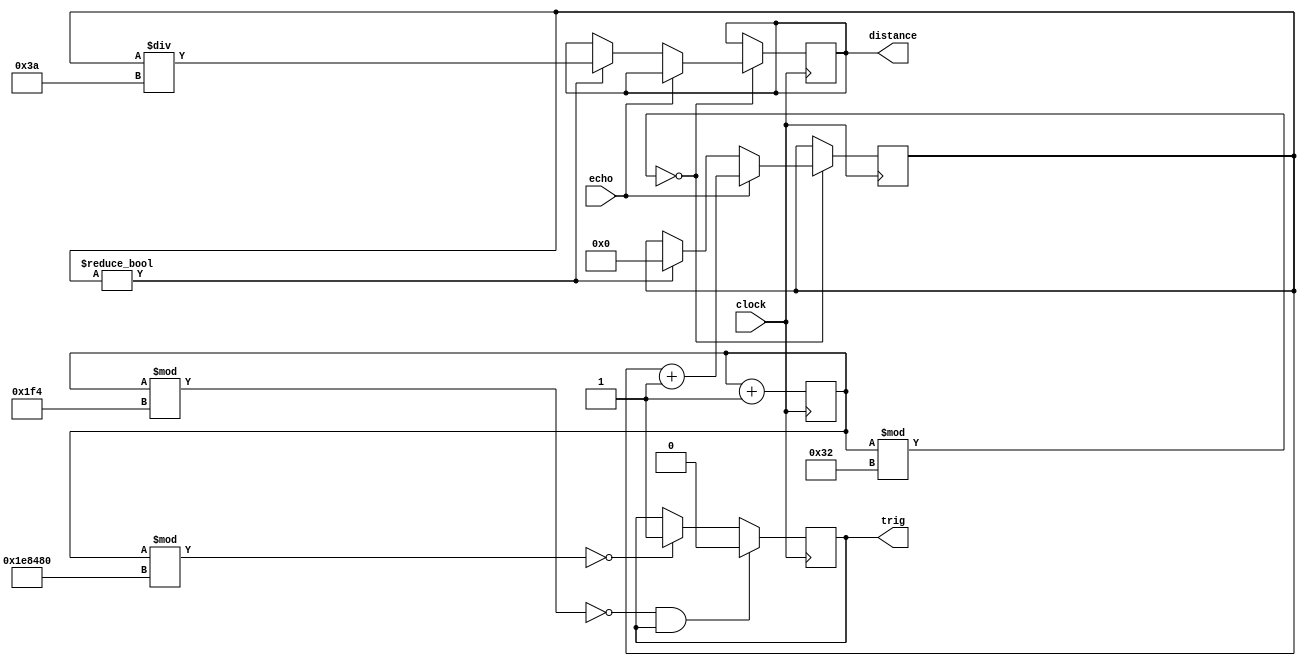
// (C) 2020, Adam Silverman/Tuan Dau
module sonic(
   input clock,
	output trig,
	input echo,
	output reg [32:0] distance
);


reg [20:0] counter;
reg [32:0] us_counter = 0;

reg _trig = 1'b0;

assign trig = _trig;

always @(posedge clock) begin
	counter <= counter + 1;
	
	if(counter % 2000000 == 0) begin // 40ms action
		_trig <= 1'b1;
	end
		
	if (counter % 500 == 0 && _trig) begin // 50MHz => 50 cycles per microsecond => 500 cycles per 10 microseconds
		_trig <= 1'b0;
	end

	if (counter % 50 == 0) begin
		if (echo) begin
			us_counter <= us_counter + 1;
		end else if (us_counter) begin
			distance <= us_counter / 58;
			us_counter <= 0;
		end
	end
end

endmodule